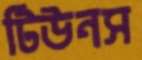
টিউনস